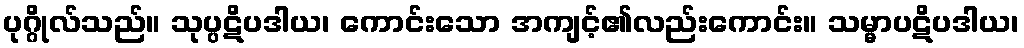
ပုဂ္ဂိုလ်သည်။ သုပ္ပဋိပဒါယ၊ ကောင်းသော အကျင့်၏လည်းကောင်း။ သမ္မာပဋိပဒါယ၊